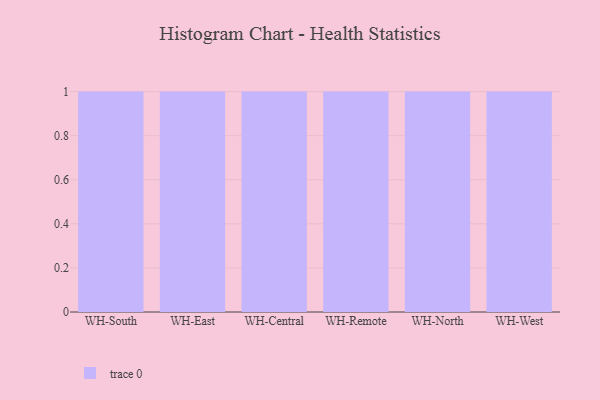
{"axis": {"x": "Warehouse", "y": "Satisfaction Score"}, "legend": [""], "data": [{"x": "WH-South", "y": 9, "type": ""}, {"x": "WH-East", "y": 60, "type": ""}, {"x": "WH-Central", "y": 95, "type": ""}, {"x": "WH-Remote", "y": 91, "type": ""}, {"x": "WH-North", "y": 21, "type": ""}, {"x": "WH-West", "y": 71, "type": ""}]}